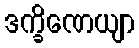
ဒက္ခိဏေယျာ